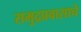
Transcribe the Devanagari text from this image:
समुद्रप्रवासाचे